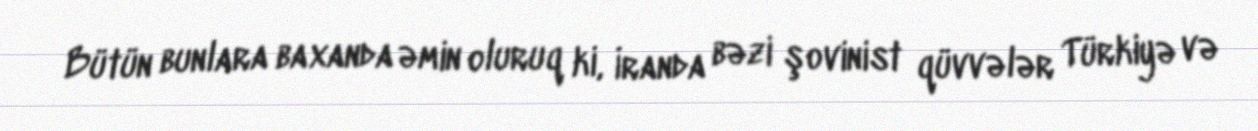
Bütün bunlara baxanda əmin oluruq ki, İranda bəzi şovinist qüvvələr Türkiyə və